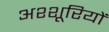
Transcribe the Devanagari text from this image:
अश्शूरियों